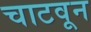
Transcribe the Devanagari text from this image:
चाटवून